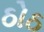
ઠોઠ